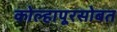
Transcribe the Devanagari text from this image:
कोल्हापूरसोबत